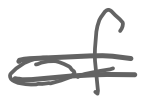
Text: of
Cross-out: double-line
Writing tool: digital_gray